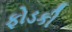
ફોડકી